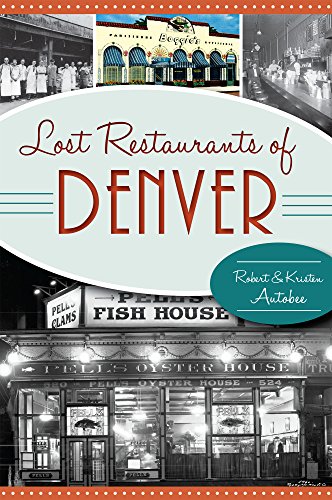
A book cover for Lost Restaurants of Denver (American Palate); Robert Autobee; Cookbooks, Food & Wine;